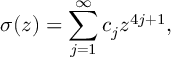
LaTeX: \sigma ( z ) = \sum _ { j = 1 } ^ { \infty } { c } _ { j } z ^ { 4 j + 1 } ,